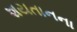
શયતાનના